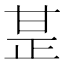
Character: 𤯅